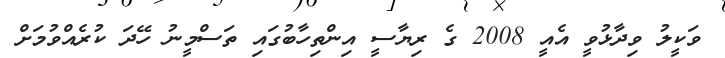
ވަކީލު ވިދާޅުވީ އެއީ 2008 ގެ ރިޔާސީ އިންތިހާބުގައި ތަސްމީނު ހޭދަ ކުރެއްވުމަށް